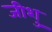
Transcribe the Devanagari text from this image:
जीशु